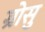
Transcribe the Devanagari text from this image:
ग्रोसु